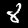
Label: 8